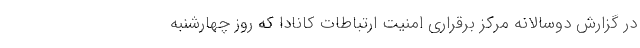
در گزارش دوسالانه مرکز برقراری امنیت ارتباطات کانادا که روز چهارشنبه